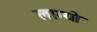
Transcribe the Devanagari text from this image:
लाग्यो